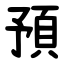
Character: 預